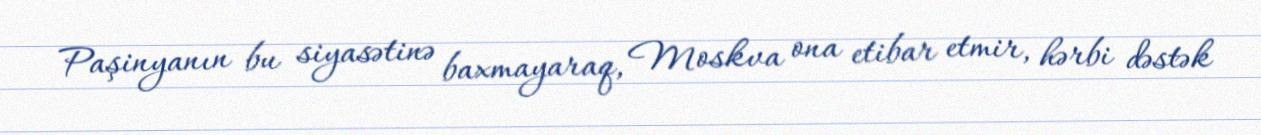
Paşinyanın bu siyasətinə baxmayaraq, Moskva ona etibar etmir, hərbi dəstək